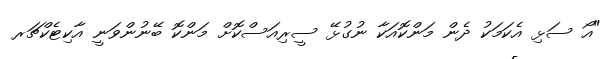
"އޯ ސަޅި އެކަމަކު ދެން މަންކޮއަކާ ނުގުޅޭ ސީރިއަސްކޮށް މަންކޮ ބޭނުންވަނީ އާކިޓެކްޗަރ